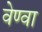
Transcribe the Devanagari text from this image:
वेण्वा